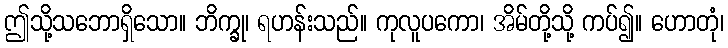
ဤသို့သဘောရှိသော။ ဘိက္ခု၊ ရဟန်းသည်။ ကုလူပကော၊ အိမ်တို့သို့ ကပ်၍။ ဟောတုံ၊